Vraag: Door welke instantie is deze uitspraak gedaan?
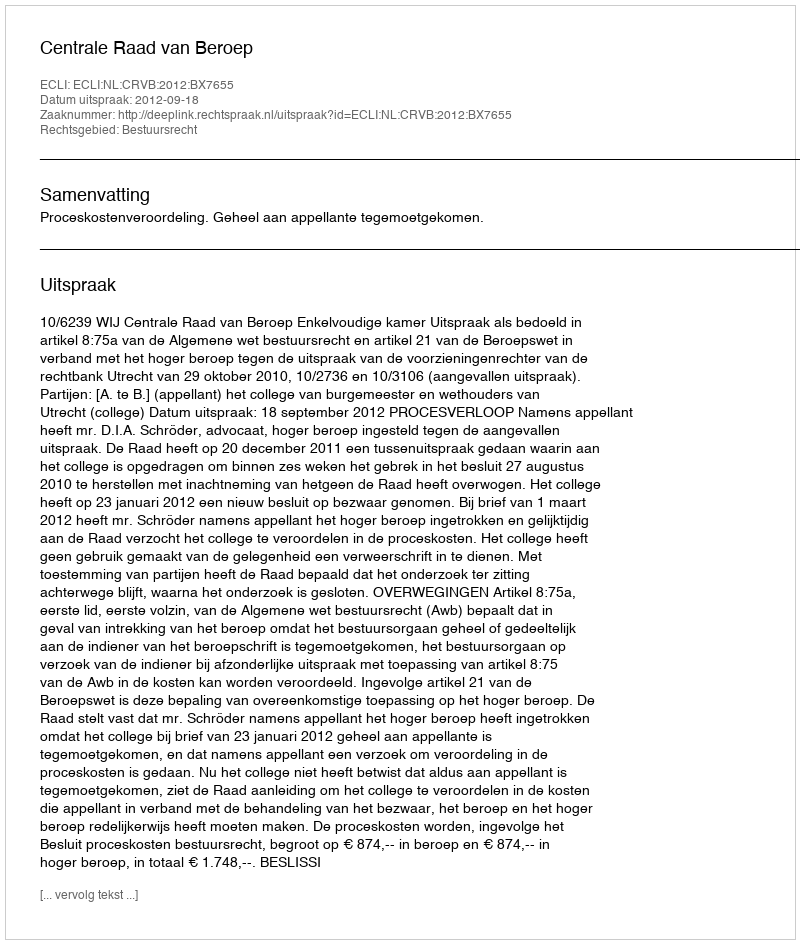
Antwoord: Centrale Raad van Beroep